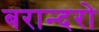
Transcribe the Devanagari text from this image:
बरान्दरो